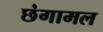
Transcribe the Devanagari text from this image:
छंगामल